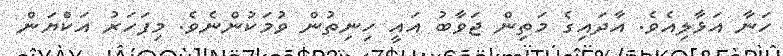
ހަނާ އަޅާލިއެވެ. އާދައިގެ މަތިން ޖަވާބު އައީ ހިނިތުން ވުމަކުންނެވެ. މިފަހަރު އަކްޔަން